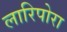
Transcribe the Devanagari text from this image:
लारिपोरा